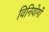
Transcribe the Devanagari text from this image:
विनियोगों